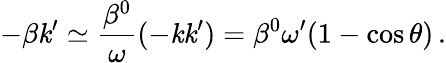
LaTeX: -\beta\mathit{k}^{\prime}\simeq\frac{{\beta^{0}}}{{\omega}}(-\mathit{k}\mathit{k}^{\prime})=\beta^{0}\omega^{\prime}(1-\cos\theta)\, .